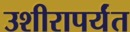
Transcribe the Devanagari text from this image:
उशीरापर्यंत